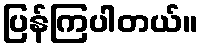
ပြန်ကြပါတယ်။